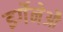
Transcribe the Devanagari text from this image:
इर्गेनेऔ